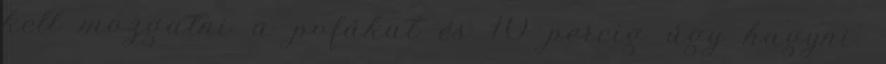
kell mozgatni a pofákat és 10 percig úgy hagyni.